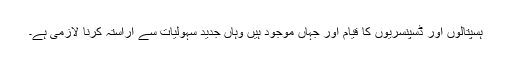
ہسپتالوں اور ڈسپنسریوں کا قیام اور جہاں موجود ہیں وہاں جدید سہولیات سے اراستہ کرنا لازمی ہے۔